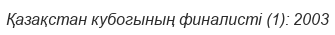
Қазақстан кубогының финалисті (1): 2003